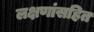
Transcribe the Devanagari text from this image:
लक्षणांसहित